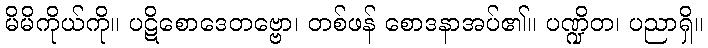
မိမိကိုယ်ကို။ ပဋိစောဒေတဗ္ဗော၊ တစ်ဖန် စောဒနာအပ်၏။ ပဏ္ဍိတ၊ ပညာရှိ။